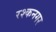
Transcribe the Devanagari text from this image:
रश्कनगर